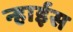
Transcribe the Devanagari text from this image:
न्हाईस